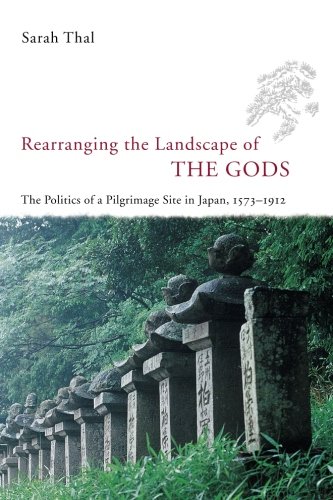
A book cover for Rearranging the Landscape of the Gods: The Politics of a Pilgrimage Site in Japan, 1573-1912 (Studies of the Weatherhead East Asian In); Sarah Thal; Religion & Spirituality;